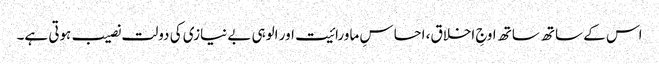
اس کے ساتھ ساتھ اوجِ اخلاق، احساسِ ماورائیت اور الوہی بے نیازی کی دولت نصیب ہوتی ہے۔